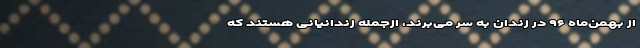
از بهمن‌ماه ۹۶ در زندان به سر می‌برند، ازجمله زندانیانی هستند که